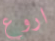
اروع